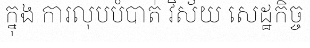
ក្នុង ការលុបបំបាត់ វិស័យ សេដ្ឋកិច្ច